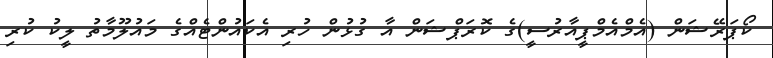
ކޯޕަރޭޝަން (އެމްއެމްޕީއާރުސީ)ގެ ކޮރަޕްޝަން އާ ގުޅުން ހުރި އެކައުންޓެއްގެ މައުލޫމާތު ލީކު ކުރި